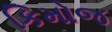
કિમોજ